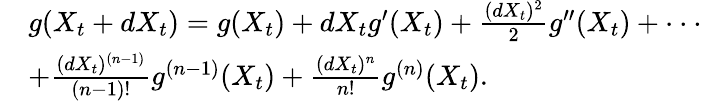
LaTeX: \begin{array}{rl}&{g(X_{t}+dX_{t})=g(X_{t})+dX_{t}g^{\prime}(X_{t})+\frac{(dX_{t})^{2}}{2}g^{\prime\prime}(X_{t})+\cdot\cdot\cdot}\\ &{+\frac{(dX_{t})^{(n-1)}}{(n-1)!}g^{(n-1)}(X_{t})+\frac{(dX_{t})^{n}}{n!}g^{(n)}(X_{t}).}\end{array}